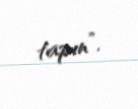
tapın”.